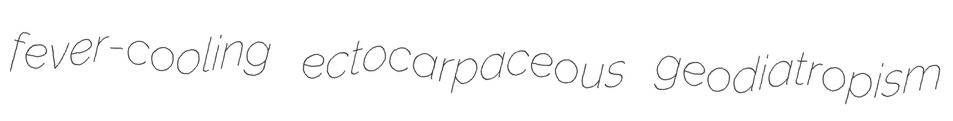
fever-cooling ectocarpaceous geodiatropism